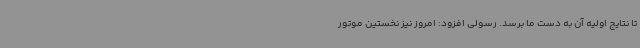
تا نتایج اولیه آن به دست ما برسد. رسولی افزود: امروز نیز نخستین موتور